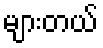
များတယ်